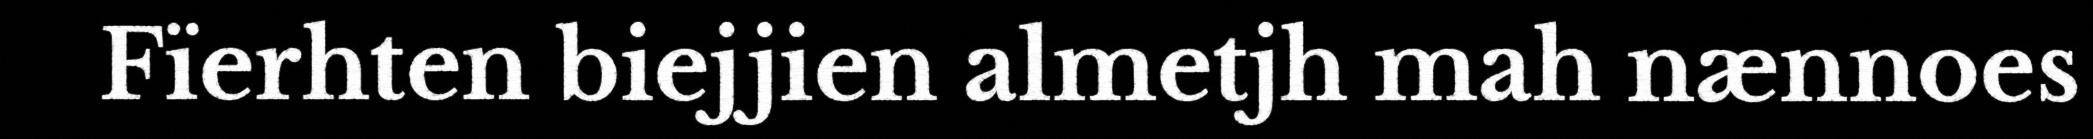
Fïerhten biejjien almetjh mah nænnoes